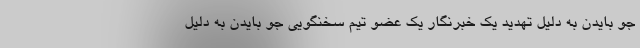
جو بایدن به دلیل تهدید یک خبرنگار یک عضو تیم سخنگویی جو بایدن به دلیل